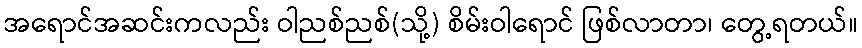
အရောင်အဆင်းကလည်း ဝါညစ်ညစ်(သို့) စိမ်းဝါရောင် ဖြစ်လာတာ၊ တွေ့ရတယ်။